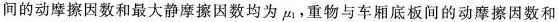
间的动摩擦因数和最大静摩擦因数均为μ_{1}。重物与车厢底板间的动摩擦因数和